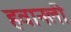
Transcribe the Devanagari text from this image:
हवानली